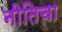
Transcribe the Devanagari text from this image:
नीतिचा